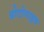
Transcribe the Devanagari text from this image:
प्रोटोपाइप